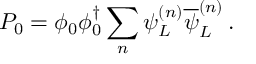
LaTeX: P _ { 0 } = \phi _ { 0 } \phi _ { 0 } ^ { \dagger } \sum _ { n } \psi _ { L } ^ { ( n ) } \overline { { { \psi } } } _ { L } ^ { ( n ) } \, .